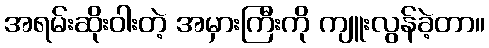
အရမ်းဆိုးဝါးတဲ့ အမှားကြီးကို ကျူးလွန်ခဲ့တာ။